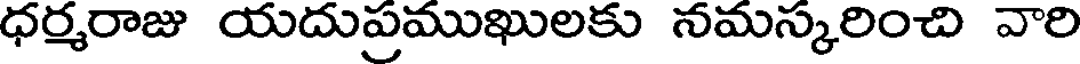
ధర్మరాజు యదుప్రముఖులకు నమస్కరించి వారి